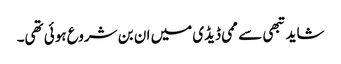
شاید تبھی سے ممی ڈیڈی میں ان بن شروع ہوئی تھی۔